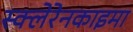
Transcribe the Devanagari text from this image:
स्क्लेरेनकाइमा